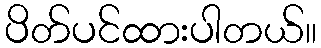
ပိတ်ပင်ထားပါတယ်။